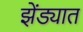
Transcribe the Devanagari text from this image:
झेंड्यात